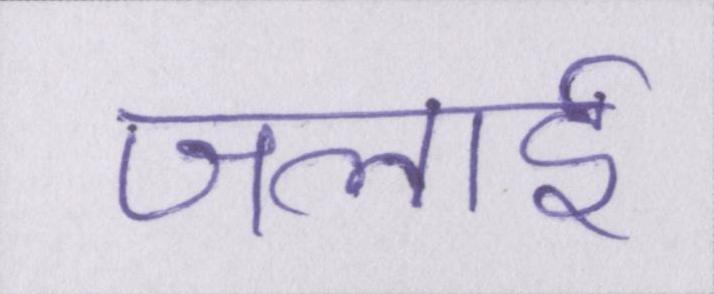
जलाई